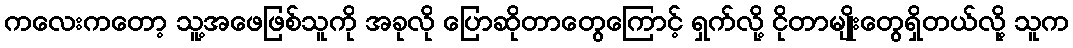
ကလေးကတော့ သူ့အဖေဖြစ်သူကို အခုလို ပြောဆိုတာတွေကြောင့် ရှက်လို့ ငိုတာမျိုးတွေရှိတယ်လို့ သူက